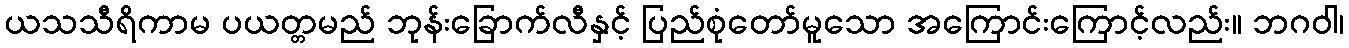
ယသသီရိကာမ ပယတ္တမည် ဘုန်းခြောက်လီနှင့် ပြည်စုံတော်မူသော အကြောင်းကြောင့်လည်း။ ဘဂဝါ၊